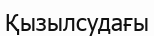
Қызылсудағы